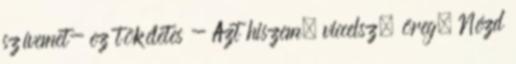
szívemet- ez tökéletes - Azt hiszem, viccelsz, öreg. Nézd